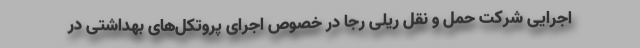
اجرایی شرکت حمل و نقل ریلی رجا در خصوص اجرای پروتکل‌های بهداشتی در